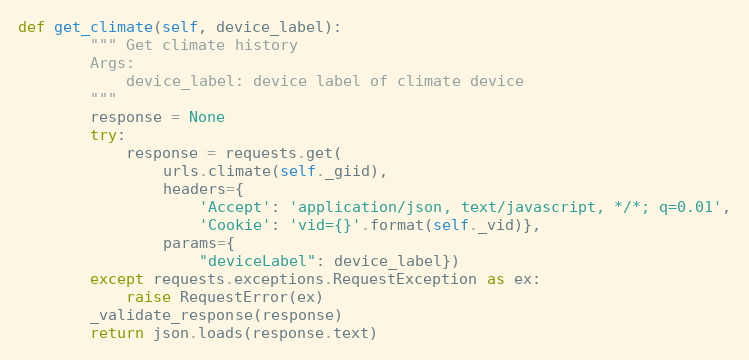
Language: Python
def get_climate(self, device_label):
        """ Get climate history
        Args:
            device_label: device label of climate device
        """
        response = None
        try:
            response = requests.get(
                urls.climate(self._giid),
                headers={
                    'Accept': 'application/json, text/javascript, */*; q=0.01',
                    'Cookie': 'vid={}'.format(self._vid)},
                params={
                    "deviceLabel": device_label})
        except requests.exceptions.RequestException as ex:
            raise RequestError(ex)
        _validate_response(response)
        return json.loads(response.text)